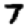
Digit: 7